Sexual cycle of Leucocytozoon canis in the tick - Number 28
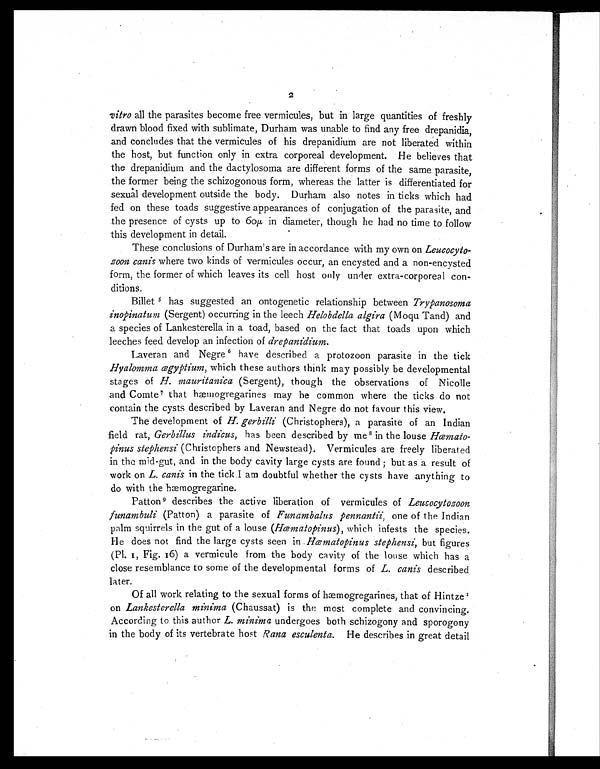
2
vitro all the parasites become free vermicules, but in large quantities of freshly
drawn blood fixed with sublimate, Durham was unable to find any free drepanidia,
and concludes that the vermicules of his drepanidium are not liberated within
the host, but function only in extra corporeal development. He believes that
the drepanidium and the dactylosoma are different forms of the same parasite,
the former being the schizogonous form, whereas the latter is differentiated for
sexual development outside the body. Durham also notes in ticks which had
fed on these toads suggestive appearances of conjugation of the parasite, and
the presence of cysts up to 6o μ in diameter, though he had no time to follow
this development in detail.
These conclusions of Durham's are in accordance with my own on Leucocyto
-zoon canis where two kinds of vermicules occur, an encysted and a non-encysted
form, the former of which leaves its cell host only under extra-corporeal con
-ditions.
Billet5 h a s s u g g e s t e d a n o n t o g e n e t i c r e l a t i o n s h i p b e t w e e nT
r y p a n o s o m a
inopinatum (Sergent) occurring in the leech Helobdella algira (Moqu Tand) and
a species of Lankesterella in a toad, based on the fact that toads upon which
leeches feed develop an infection of drepanidium .
Laveran and Negre 6 have described a protozoon parasite in the tick
Hyalomma œgyptium , which these authors think may possibly be developmental
stages of H. mauritanica (Sergent), though the observations of Nicolle
and Comte7 that hæmogregarines may be common where the ticks do not
contain the cysts described by Laveran and Negre do not favour this view.
The development of H. gerbilli (Christophers), a parasite of an Indian
field rat, Gerbillus indicus , has been described by me8 in the louse Hcemato
-pinus stephensi (Christophers and Newstead). Vermicules are freely liberated
in thy; mid-gut, and in the body cavity large cysts are found ; but as a result of
work on L. canis in the tick .I am doubtful whether the cysts have anything to
do with the hæmogregarine.
Patton 9 describes the active liberation of vermicules of Leucocytozoon
funambuli (Patton) a parasite of Funambalus pennantii, one of the Indian
palm squirrels in the gut of a louse ( Hœmatopinus ), which infests the species.
He does not find the large cysts seen in Hœmatopinus stephensi, but figures
(P1. 1, Fig. 16) a vermicule from the body cavity of the louse which has a
close resemblance to some of the developmental forms of L. canis described
later.
Of all work relating to the sexual forms of hœmogregarines, that of Hintze 1
on Lankesterella minima (Chaussat) is the most complete and convincing.
According to this author L. minima undergoes both schizogony and sporogony
in the body of its vertebrate host Rana esculenta. He describes in great detail